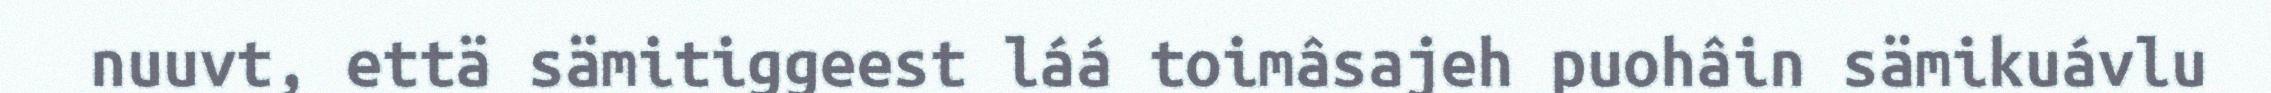
nuuvt, että sämitiggeest láá toimâsajeh puohâin sämikuávlu